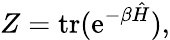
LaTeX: Z=\operatorname{tr}(\mathrm{e}^{-\beta{\hat{H}}}),